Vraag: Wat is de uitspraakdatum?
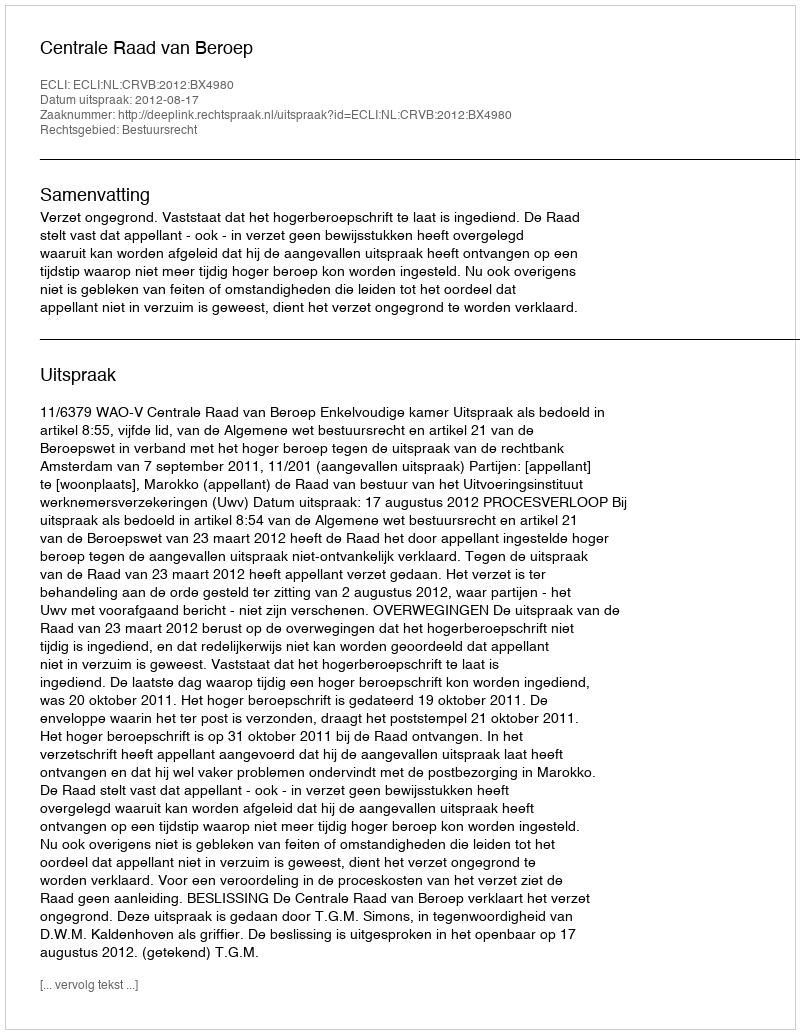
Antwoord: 2012-08-17